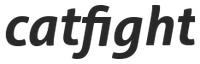
catfight